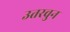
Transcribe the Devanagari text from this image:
उतरवुन